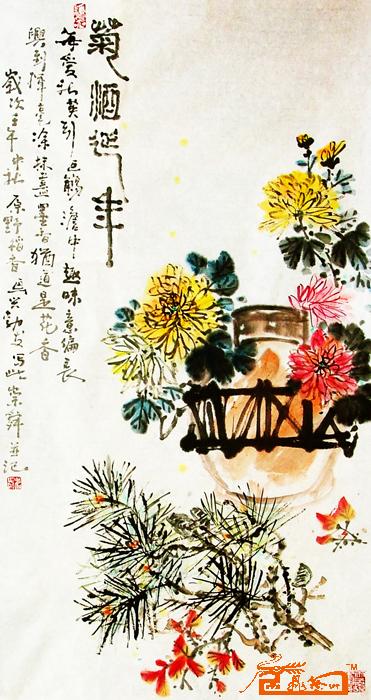
对菊难逢元亮酒，登楼愧乏仲宣才。